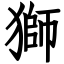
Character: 獅